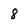
Character: 8